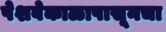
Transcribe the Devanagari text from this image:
पेशवेकाळापासूनचा